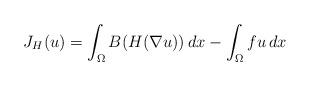
LaTeX: \begin{align*}J_H(u)= \int_\Omega B(H(\nabla u)) \,dx - \int_\Omega f u \, dx\end{align*}